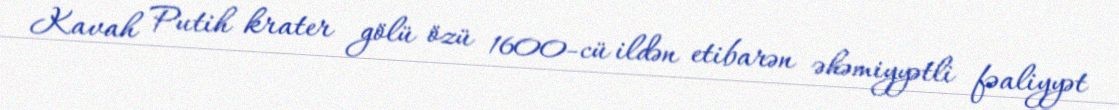
Kavah Putih krater gölü özü 1600-cü ildən etibarən əhəmiyyətli fəaliyyət